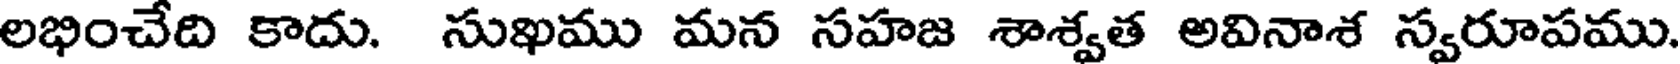
లభించేది కాదు. సుఖము మన సహజ శాశ్వత అవినాశ స్వరూపము